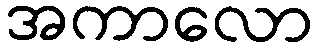
အကာလော